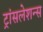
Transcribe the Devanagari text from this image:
ट्रांसलेशन्स